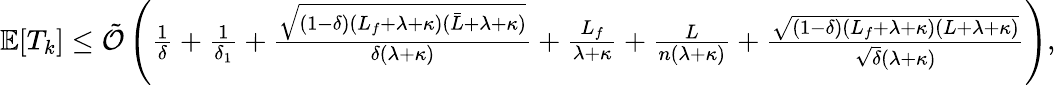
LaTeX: \begin{array}{r}{\mathbb{E}[T_{k}]\leq{\tilde{\cal O}}\left(\frac{1}{\delta}+\frac{1}{\delta_{1}}+\frac{\sqrt{(1-\delta)(L_{f}+\lambda+\kappa)({\bar{L}}+\lambda+\kappa)}}{\delta(\lambda+\kappa)}+\frac{L_{f}}{\lambda+\kappa}+\frac{L}{n(\lambda+\kappa)}+\frac{\sqrt{(1-\delta)(L_{f}+\lambda+\kappa)(L+\lambda+\kappa)}}{\sqrt{\delta}(\lambda+\kappa)}\right),}\end{array}